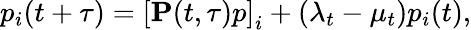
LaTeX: p_{i}(t+\tau)=\left[\mathbf{P}(t,\tau)p\right]_{i}+(\lambda_{t}-\mu_{t})p_{i}(t),